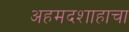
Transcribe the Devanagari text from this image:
अहमदशाहाचा